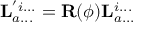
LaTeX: \mathbf { L } _ { a . . . } ^ { ' i . . . } = \mathbf { R } ( \phi ) \mathbf { L } _ { a . . . } ^ { i . . . }